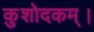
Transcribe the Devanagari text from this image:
कुशोदकम्।